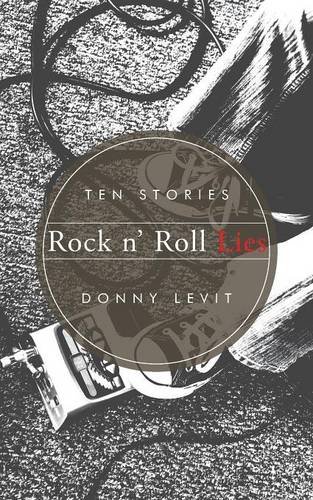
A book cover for Rock n' Roll Lies: Ten Stories; Donny Levit; Science Fiction & Fantasy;